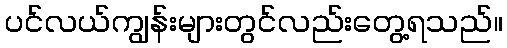
ပင်လယ်ကျွန်းများတွင်လည်းတွေ့ရသည်။